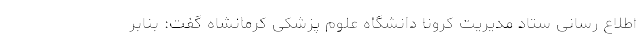
اطلاع رسانی ستاد مدیریت کرونا دانشگاه علوم پزشکی کرمانشاه گفت: بنابر